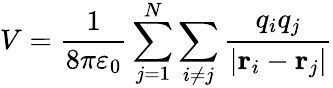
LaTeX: V={\frac{1}{8\pi\varepsilon_{0}}}\sum_{j=1}^{N}\sum_{i\neq j}{\frac{q_{i}q_{j}}{|\mathbf{r}_{i}-\mathbf{r}_{j}|}}